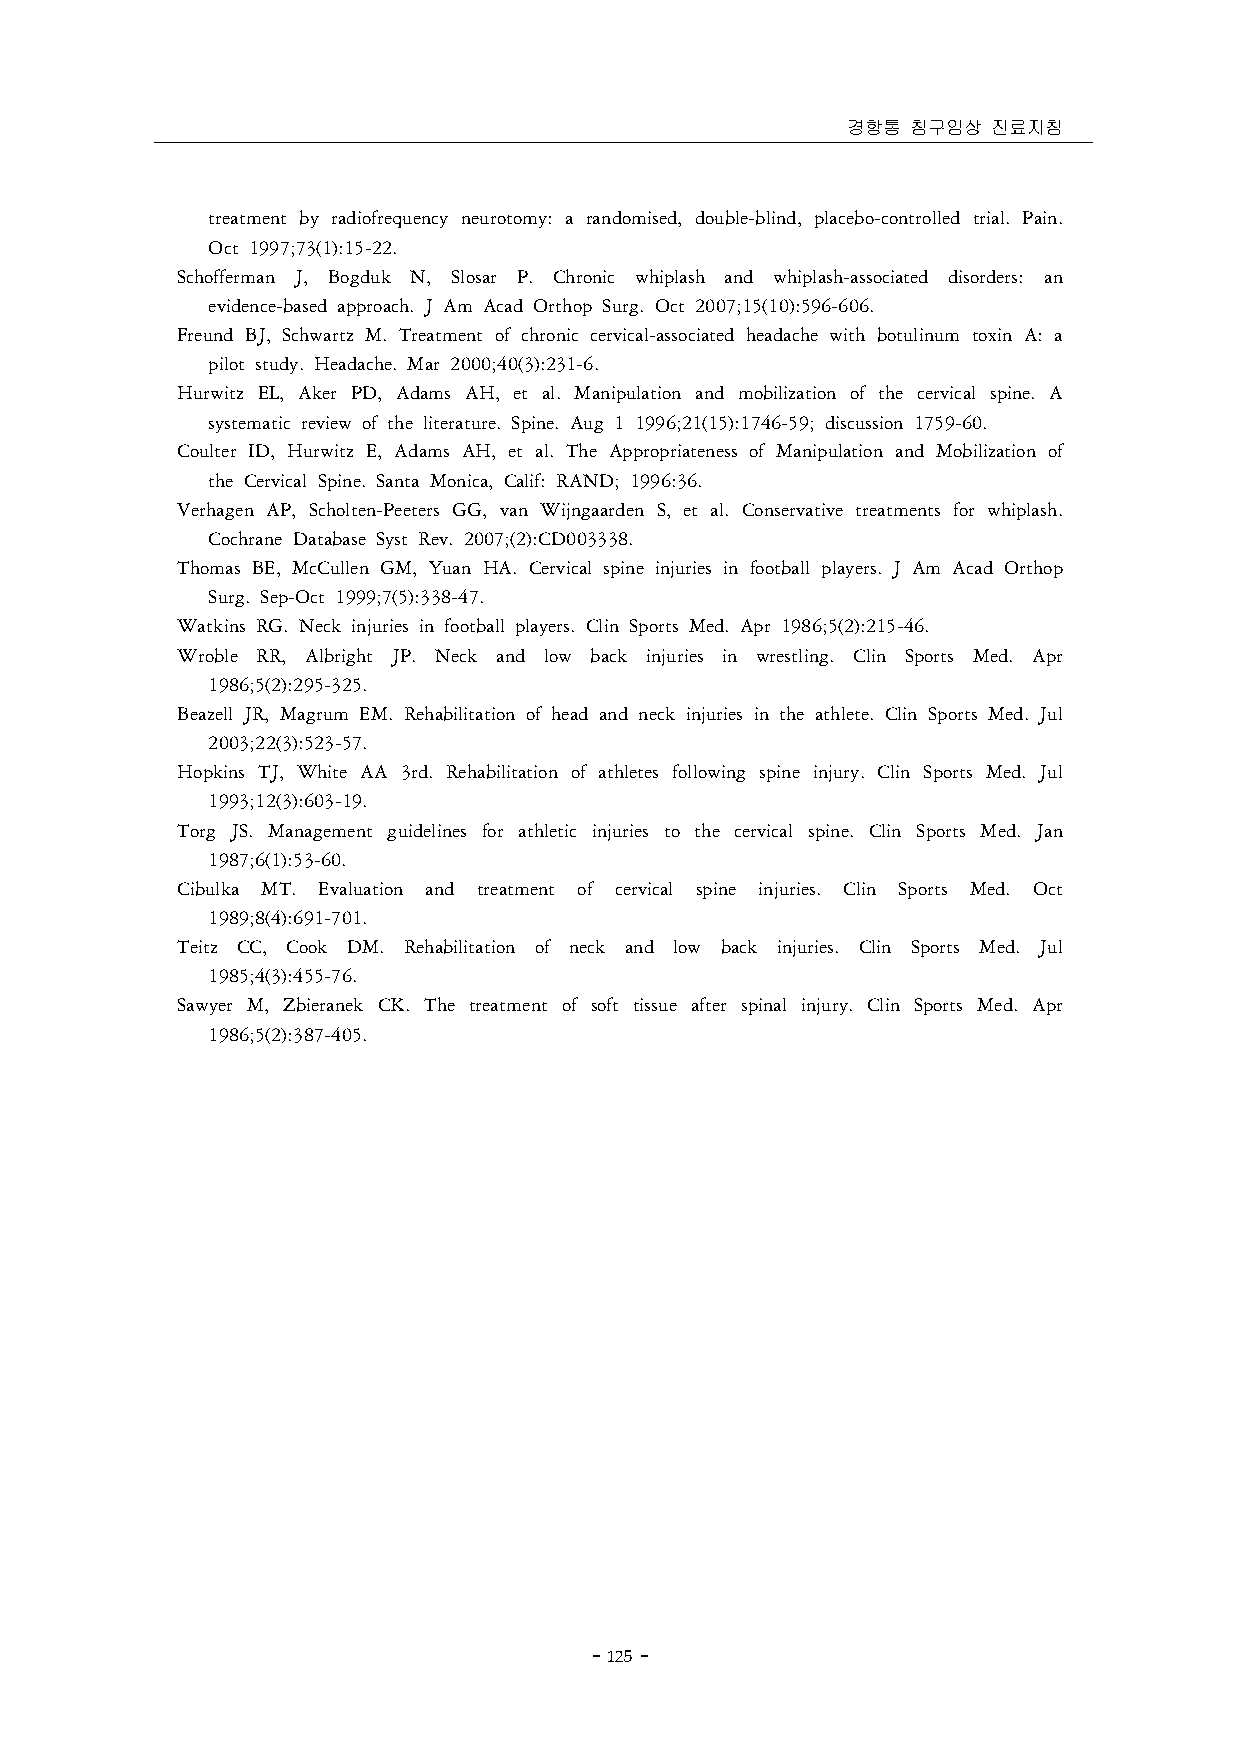
경항통 침구임상  진료지침
 treatment by radiofrequency neurotomy: a randomised, double-blind, placebo-controlled trial. Pain.
 Oct 1997;73(1):15-22.
 Schofferman J, Bogduk N, Slosar P. Chronic whiplash and whiplash-associated disorders: an
 evidence-based approach. J Am Acad Orthop Surg. Oct 2007;15(10):596-606.
 Freund BJ, Schwartz M. Treatment of chronic cervical-associated headache with botulinum toxin A: a
 pilot study. Headache. Mar 2000;40(3):231-6.
 Hurwitz EL, Aker PD, Adams AH, et al. Manipulation and mobilization of the cervical spine. A
 systematic review of the literature. Spine. Aug 1 1996;21(15):1746-59; discussion 1759-60.
 Coulter ID, Hurwitz E, Adams AH, et al. The Appropriateness of Manipulation and Mobilization of
 the Cervical Spine. Santa Monica, Calif: RAND; 1996:36.
 Verhagen AP, Scholten-Peeters GG, van Wijngaarden S, et al. Conservative treatments for whiplash.
 Cochrane Database Syst Rev. 2007;(2):CD003338.
 Thomas BE, McCullen GM, Yuan HA. Cervical spine injuries in football players. J Am Acad Orthop
 Surg. Sep-Oct 1999;7(5):338-47.
 Watkins RG. Neck injuries in football players. Clin Sports Med. Apr 1986;5(2):215-46.
 Wroble RR, Albright JP. Neck and low back injuries in wrestling. Clin Sports Med. Apr
 1986;5(2):295-325.
 Beazell JR, Magrum EM. Rehabilitation of head and neck injuries in the athlete. Clin Sports Med. Jul
 2003;22(3):523-57.
 Hopkins TJ, White AA 3rd. Rehabilitation of athletes following spine injury. Clin Sports Med. Jul
 1993;12(3):603-19.
 Torg JS. Management guidelines for athletic injuries to the cervical spine. Clin Sports Med. Jan
 1987;6(1):53-60.
 Cibulka MT. Evaluation and treatment of cervical spine injuries. Clin Sports Med. Oct
 1989;8(4):691-701.
 Teitz CC, Cook DM. Rehabilitation of neck and low back injuries. Clin Sports Med. Jul
 1985;4(3):455-76.
 Sawyer M, Zbieranek CK. The treatment of soft tissue after spinal injury. Clin Sports Med. Apr
 1986;5(2):387-405.
 － 125 －